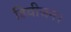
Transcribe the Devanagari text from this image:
डिवीजन।